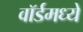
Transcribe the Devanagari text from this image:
वॉर्डमध्ये